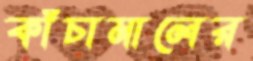
কাঁচামালের